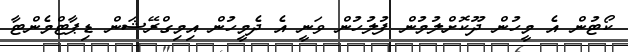
ކޯޓުން އެ މީހުން ދޫކޮށްލުމުން ފުލުހުން ވަނީ އެ ދެމީހުން އިމިގްރޭޝަން ޑިޕާޓްމެންޓާ